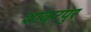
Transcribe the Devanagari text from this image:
शाकरपुर